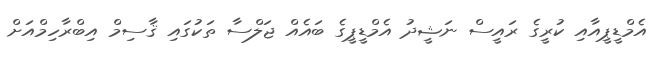
އެމްޑީޕީއާއި ކުރީގެ ރައީސް ނަޝީދު އެމްޑީޕީގެ ބައެއް ޖަލްސާ ތަކުގައި ޤާސިމް އިބްރާހިމްއަށް